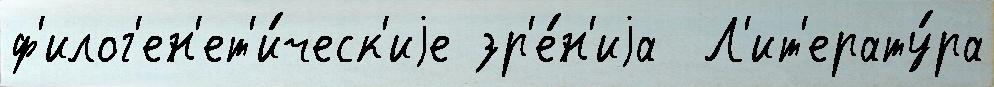
ф'илог'ен'ет'и́ческ'иjе зр'е́н'иjа  Л'ит'ерату́ра